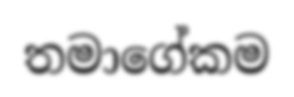
තමාගේකම